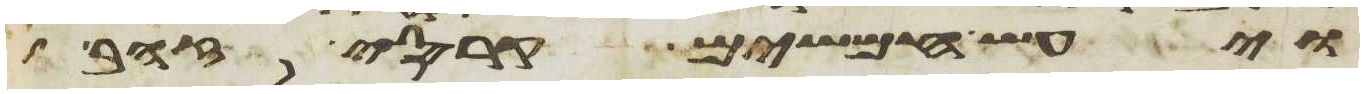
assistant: ויעש חמשים קרסי זהב